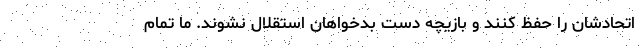
اتحادشان را حفظ کنند و بازیچه دست بدخواهان استقلال نشوند. ما تمام